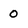
Character: 0